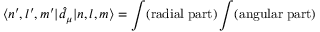
\langle n ^ { \prime } , l ^ { \prime } , m ^ { \prime } | \hat { d } _ { \mu } | n , l , m \rangle = \int ( \mathrm { r a d i a l \; p a r t ) \int ( \mathrm { a n g u l a r \; p a r t ) } }